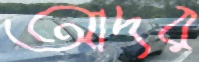
আদর